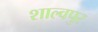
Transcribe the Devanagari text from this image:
शाल्वपुर